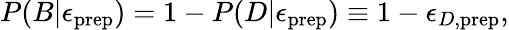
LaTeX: P(B|\epsilon_{\mathrm{prep}})=1-P(D|\epsilon_{\mathrm{prep}})\equiv 1-\epsilon_{D,\mathrm{prep}},